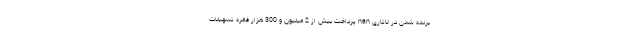
برنده شدن در لاتاری nan پرداخت بیش از 2 میلیون و 300 هزار فقره تسهیلات